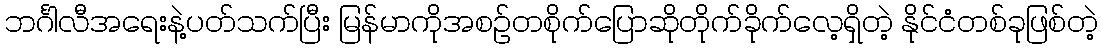
ဘင်္ဂါလီအရေးနဲ့ပတ်သက်ပြီး မြန်မာကိုအစဉ်တစိုက်ပြောဆိုတိုက်ခိုက်လေ့ရှိတဲ့ နိုင်ငံတစ်ခုဖြစ်တဲ့